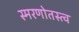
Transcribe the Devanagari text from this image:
स्मरणोतस्त्व